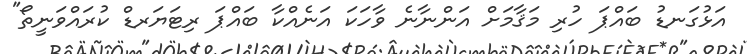
އަޅުގަނޑު ބައްޕަ ހުރި މަޤާމަށް އަންނާނެ ވާހަކަ އަނެއްކާ ބައްޕަ ރިޓަޔަރޑް ކުރައްވަނީތޯ"